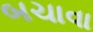
બચાવા